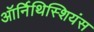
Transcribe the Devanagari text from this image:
ऑर्निथिस्शियंस